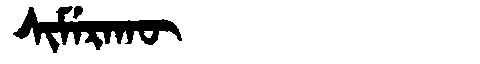
Manchu: ᠰᡳᠮᡝᡵᠠᡴᡡ
Romanization: SIMERAKŪ